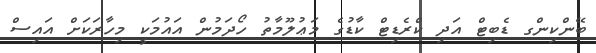
ބޭންކިންގ ޑެބިޓް އަދި ކްރެޑިޓް ކާޑުގެ މަޢުލޫމާތު ހޯދަމުން އައުމަކީ މިހާރަކަށް އައިސް